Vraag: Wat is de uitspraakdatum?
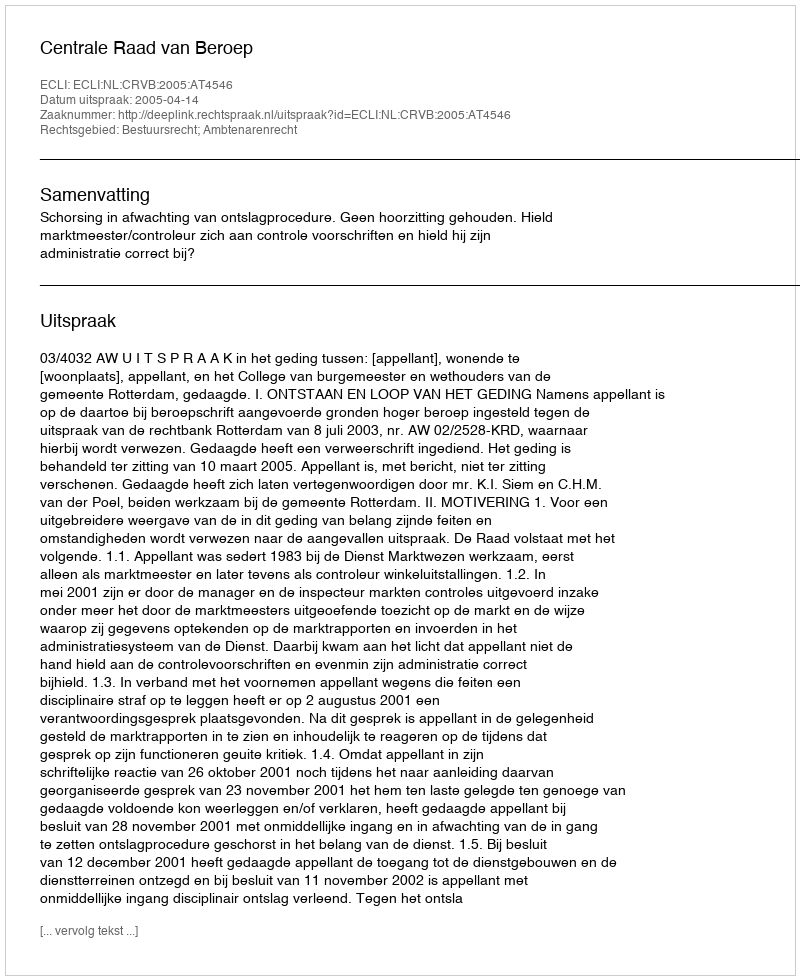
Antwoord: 2005-04-14